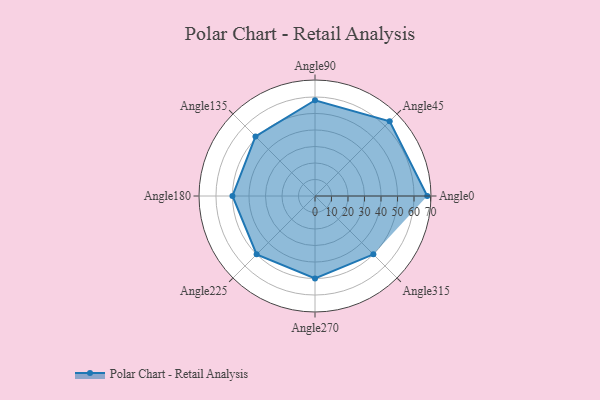
{"axis": {"x": "Angle", "y": "Radius"}, "legend": [""], "data": [{"x": "Angle0", "y": 68.0, "type": ""}, {"x": "Angle45", "y": 64.0, "type": ""}, {"x": "Angle90", "y": 58.0, "type": ""}, {"x": "Angle135", "y": 51.0, "type": ""}, {"x": "Angle180", "y": 50, "type": ""}, {"x": "Angle225", "y": 50, "type": ""}, {"x": "Angle270", "y": 50, "type": ""}, {"x": "Angle315", "y": 50, "type": ""}]}